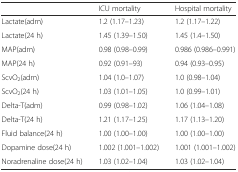
|  | ICU mortality | Hospital mortality |
 | --- | --- | --- |
 | Lactate(adm) | 1.2 (1.17–1.23) | 1.2 (1.17–1.22) |
 | Lactate(24 h) | 1.45 (1.39–1.50) | 1.45 (1.4–1.50) |
 | MAP(adm) | 0.98 (0.98–0.99) | 0.986 (0.986–0.991) |
 | MAP(24 h) | 0.92 (0.91–93) | 0.94 (0.93–0.95) |
 | ScvO2(adm) | 1.04 (1.0–1.07) | 1.0 (0.98–1.04) |
 | ScvO2(24 h) | 1.03 (1.01–1.05) | 1.0 (0.99–1.01) |
 | Delta-T(adm) | 0.99 (0.98–1.02) | 1.06 (1.04–1.08) |
 | Delta-T(24 h) | 1.21 (1.17–1.25) | 1.17 (1.13–1.20) |
 | Fluid balance(24 h) | 1.00 (1.00–1.00) | 1.00 (1.00–1.00) |
 | Dopamine dose(24 h) | 1.002 (1.001–1.002) | 1.001 (1.001–1.002) |
 | Noradrenaline dose(24 h) | 1.03 (1.02–1.04) | 1.03 (1.02–1.04) |